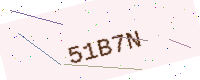
Text: 51B7N